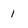
Character: 1